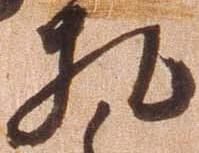
札